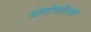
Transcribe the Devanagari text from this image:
प्रोटोकॉलचे